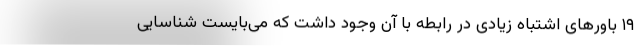
۱۹ باورهای اشتباه زیادی در رابطه با آن وجود داشت که می‌بایست شناسایی